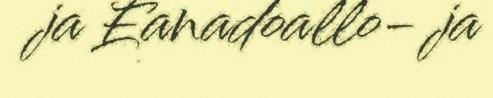
ja Eanadoallo- ja